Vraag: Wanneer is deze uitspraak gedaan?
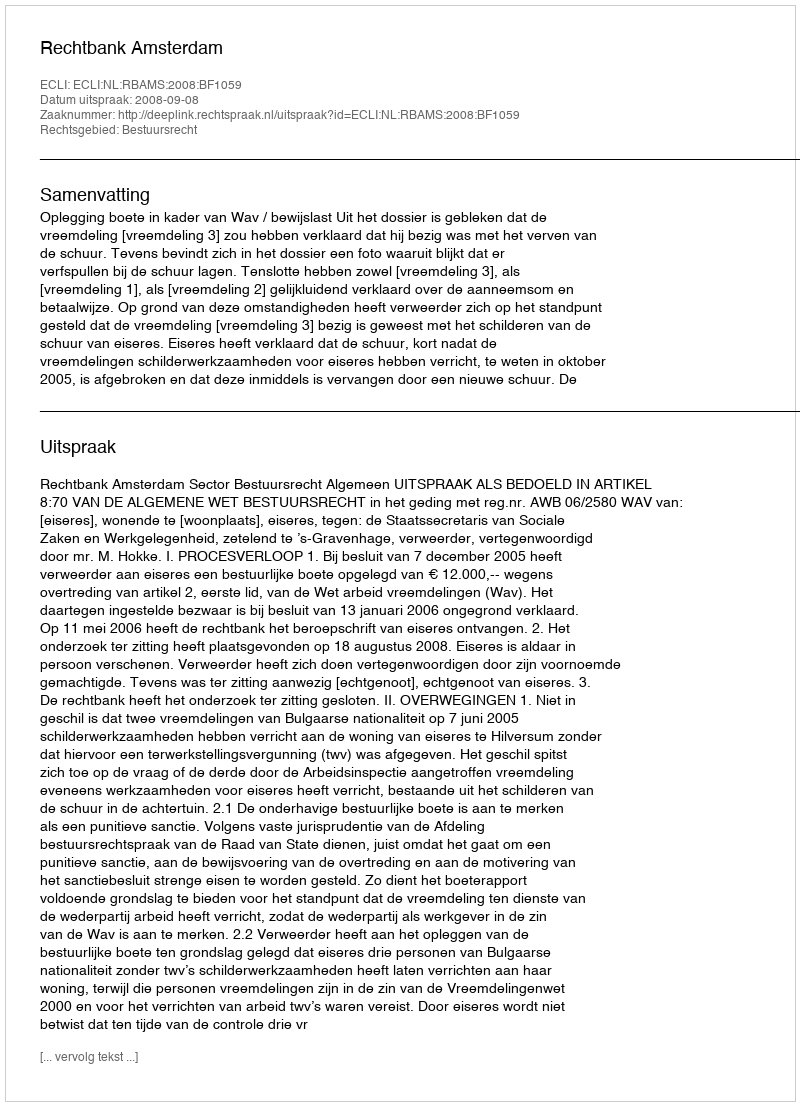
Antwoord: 2008-09-08